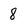
Character: 8